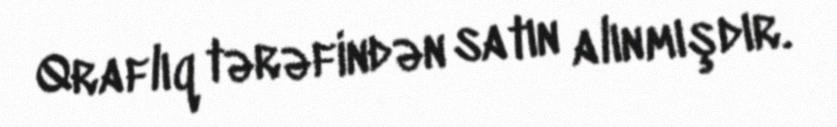
Qraflıq tərəfindən satın alınmışdır.